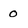
Character: 0